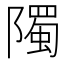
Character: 𮥦